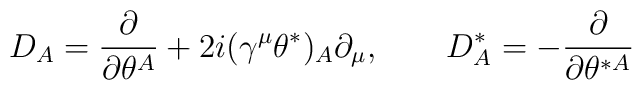
{D_A = {\partial \over \partial \theta^A} +2i (\gamma^\mu  \theta^*)_A\partial_\mu, \qquad   D^*_A = - {\partial\over \partial\theta^{*A}}}